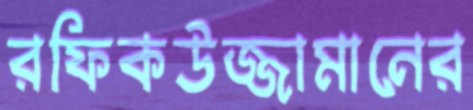
রফিকউজ্জামানের